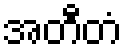
အတီတံ